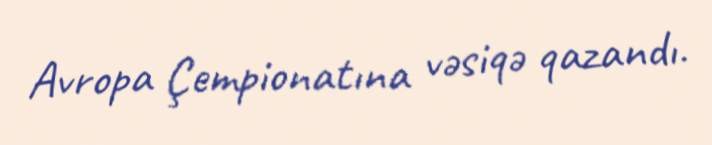
Avropa Çempionatına vəsiqə qazandı.